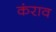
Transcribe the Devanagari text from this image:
कंराव